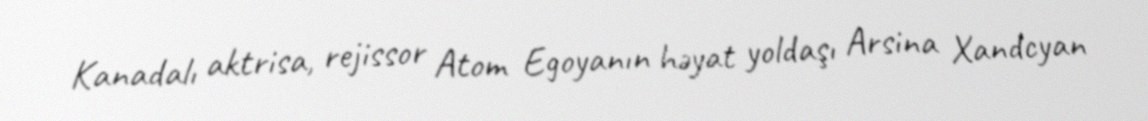
Kanadalı aktrisa, rejissor Atom Egoyanın həyat yoldaşı Arsina Xandcyan